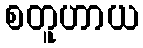
စတူဟာယ